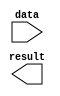
module lpm_inv0 (
	data,
	result);

	input	[13:0]  data;
	output	[13:0]  result;

endmodule